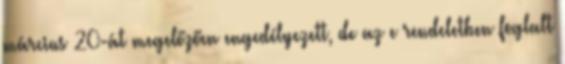
március 20-át megelőzően engedélyezett, de az e rendeletben foglalt